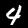
Label: 4